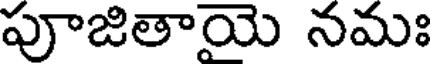
పూజితాయె నమః